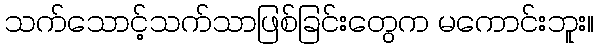
သက်သောင့်သက်သာဖြစ်ခြင်းတွေက မကောင်းဘူး။